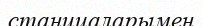
станциаларымен